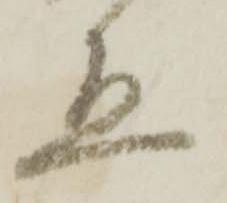
宜